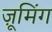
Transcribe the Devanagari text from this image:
ज़ूमिंग